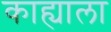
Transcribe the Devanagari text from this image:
काह्याला